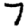
Digit: 7